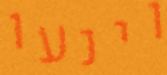
וינעו